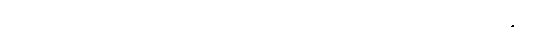
ပါ-၃၆၁၊ ဋ္ဌ-မ-အုပ်-၁၂၊ သေရည်သေရက် စဖြစ်ပေါ်လာပုံနှင့်